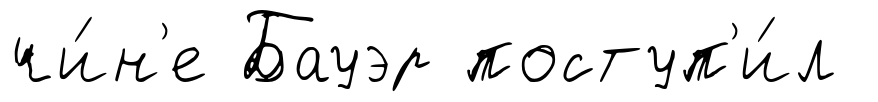
чи́н'е Бауэр поступ'и́л